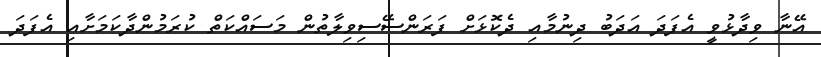
އޭނާ ވިދާޅުވީ އެފަދަ އަދަބު ދިނުމާއި ދެކޮޅަށް ފަރަންސޭސިވިލާތުން މަސައްކަތް ކުރަމުންދާކަމަށާއި އެފަދަ